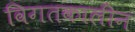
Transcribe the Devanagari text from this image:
विगतकालीन